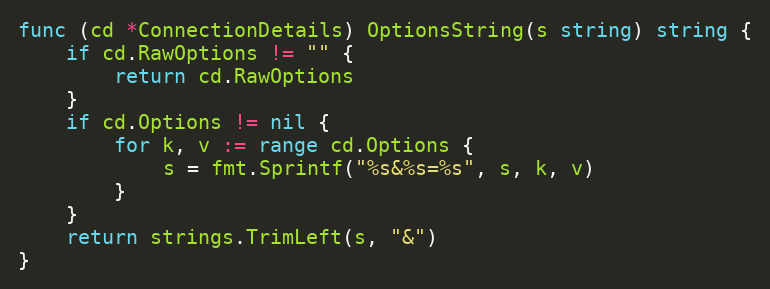
Language: Go
func (cd *ConnectionDetails) OptionsString(s string) string {
	if cd.RawOptions != "" {
		return cd.RawOptions
	}
	if cd.Options != nil {
		for k, v := range cd.Options {
			s = fmt.Sprintf("%s&%s=%s", s, k, v)
		}
	}
	return strings.TrimLeft(s, "&")
}